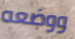
ووضعه